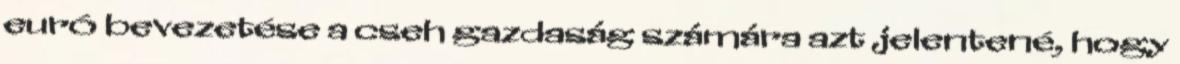
euró bevezetése a cseh gazdaság számára azt jelentené, hogy